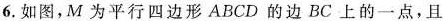
6.如图，M 为 平 行 四 边 形 ABCD 的 边 BC 上 的 一 点，且